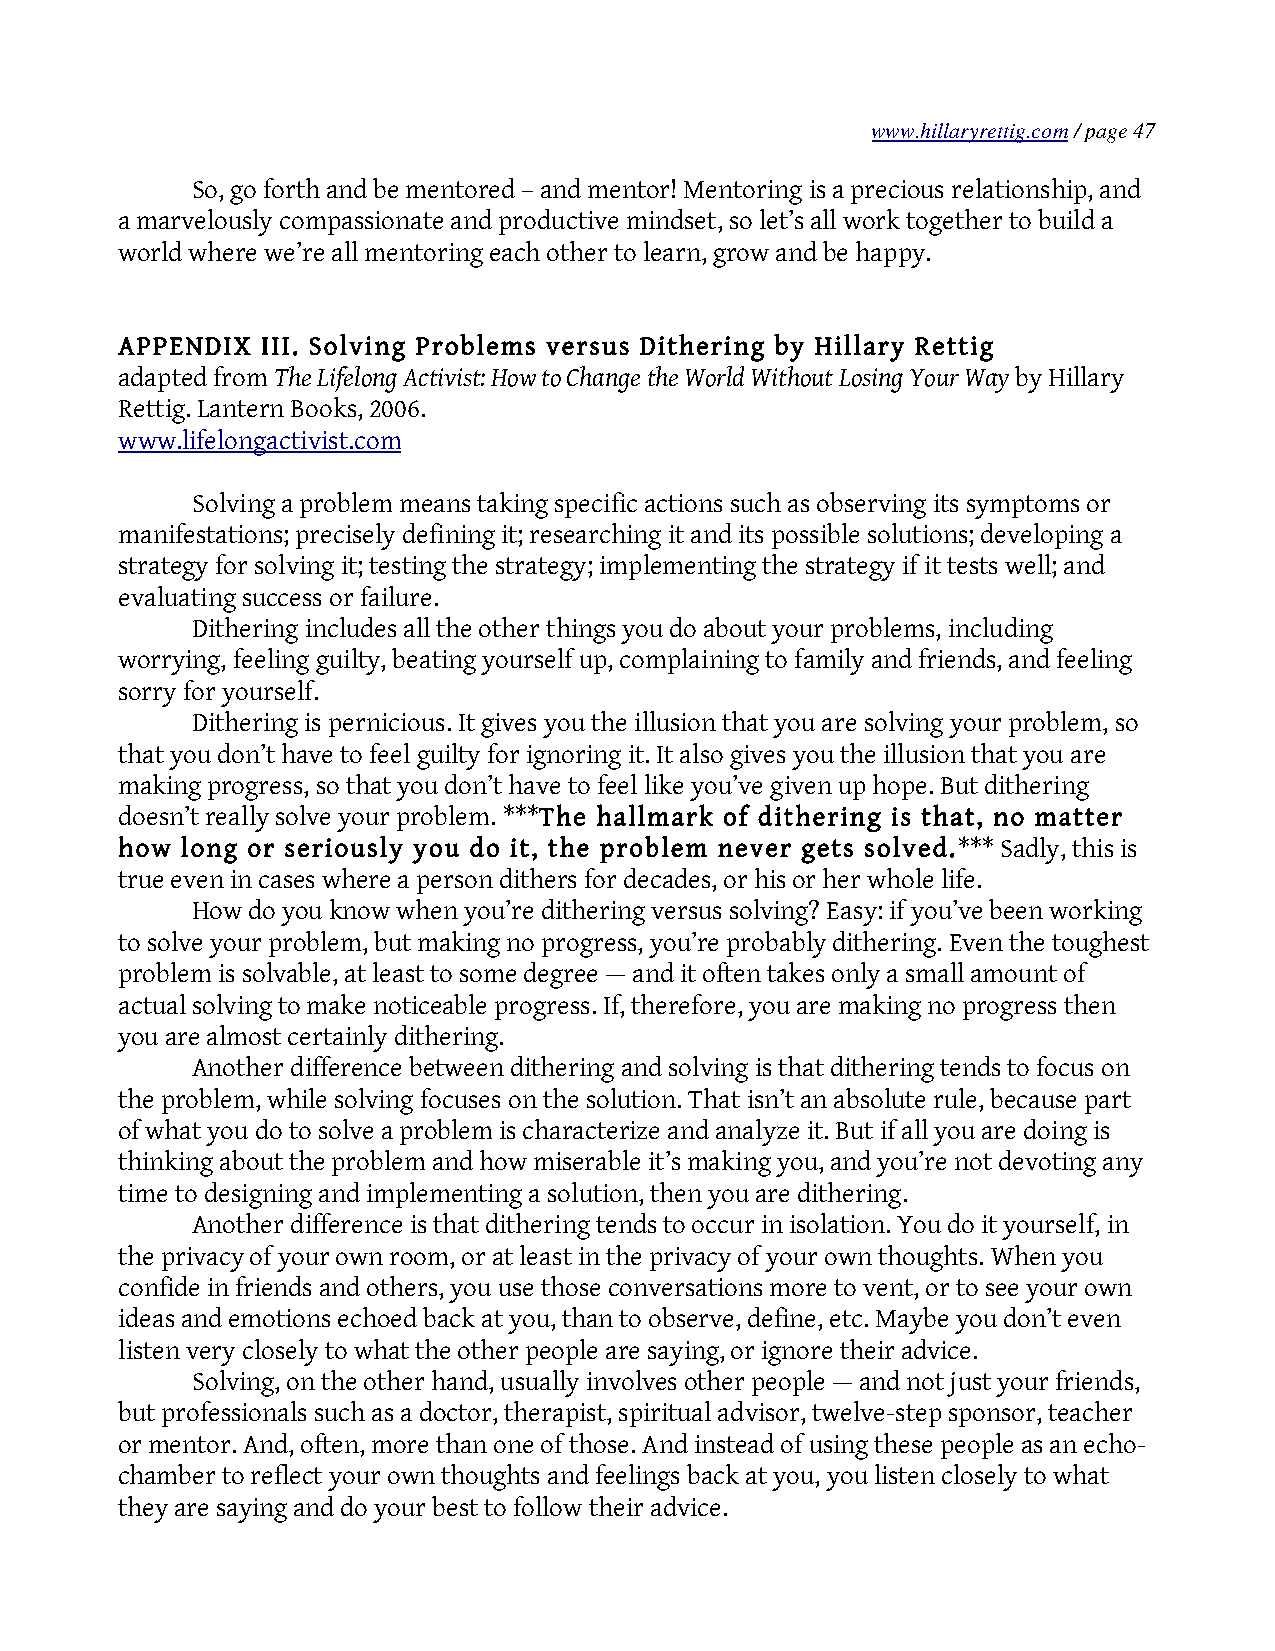
www.hillaryrettig.com / page 47
 So, go forth and be mentored – and mentor! Mentoring is a precious relationship, and
 a marvelously compassionate and productive mindset, so let’s all work together to build a
 world where we’re all mentoring each other to learn, grow and be happy.
 APPENDIX III. Solving Problems versus Dithering by Hillary Rettig
 adapted from The Lifelong Activist: How to Change the World Without Losing Your Way by Hillary
 Rettig. Lantern Books, 2006.
 www.lifelongactivist.com
 Solving a problem means taking specific actions such as observing its symptoms or
 manifestations; precisely defining it; researching it and its possible solutions; developing a
 strategy for solving it; testing the strategy; implementing the strategy if it tests well; and
 evaluating success or failure.
 Dithering includes all the other things you do about your problems, including
 worrying, feeling guilty, beating yourself up, complaining to family and friends, and feeling
 sorry for yourself.
 Dithering is pernicious. It gives you the illusion that you are solving your problem, so
 that you don’t have to feel guilty for ignoring it. It also gives you the illusion that you are
 making progress, so that you don’t have to feel like you’ve given up hope. But dithering
 doesn’t really solve your problem. ***The hallmark of dithering is that, no matter
 how long or seriously you do it, the problem never gets solved.*** Sadly, this is
 true even in cases where a person dithers for decades, or his or her whole life.
 How do you know when you’re dithering versus solving? Easy: if you’ve been working
 to solve your problem, but making no progress, you’re probably dithering. Even the toughest
 problem is solvable, at least to some degree — and it often takes only a small amount of
 actual solving to make noticeable progress. If, therefore, you are making no progress then
 you are almost certainly dithering.
 Another difference between dithering and solving is that dithering tends to focus on
 the problem, while solving focuses on the solution. That isn’t an absolute rule, because part
 of what you do to solve a problem is characterize and analyze it. But if all you are doing is
 thinking about the problem and how miserable it’s making you, and you’re not devoting any
 time to designing and implementing a solution, then you are dithering.
 Another difference is that dithering tends to occur in isolation. You do it yourself, in
 the privacy of your own room, or at least in the privacy of your own thoughts. When you
 confide in friends and others, you use those conversations more to vent, or to see your own
 ideas and emotions echoed back at you, than to observe, define, etc. Maybe you don’t even
 listen very closely to what the other people are saying, or ignore their advice.
 Solving, on the other hand, usually involves other people — and not just your friends,
 but professionals such as a doctor, therapist, spiritual advisor, twelve-step sponsor, teacher
 or mentor. And, often, more than one of those. And instead of using these people as an echo-
 chamber to reflect your own thoughts and feelings back at you, you listen closely to what
 they are saying and do your best to follow their advice.